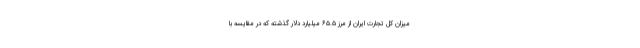
میزان کل تجارت ایران از مرز ۶۵.۵ میلیارد دلار گذشته که در مقایسه با